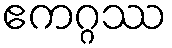
ဧကဂ္ဂဿ